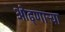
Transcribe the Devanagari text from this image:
ओढ्णार्‍या